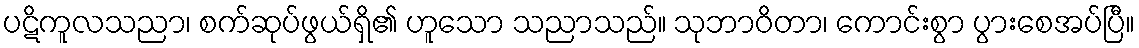
ပဋိကူလသညာ၊ စက်ဆုပ်ဖွယ်ရှိ၏ ဟူသော သညာသည်။ သုဘာဝိတာ၊ ကောင်းစွာ ပွားစေအပ်ပြီ။